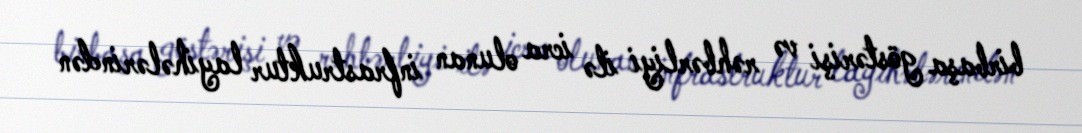
birbaşa göstərişi və rəhbərliyi ilə icra olunan infrastruktur layihələrindən